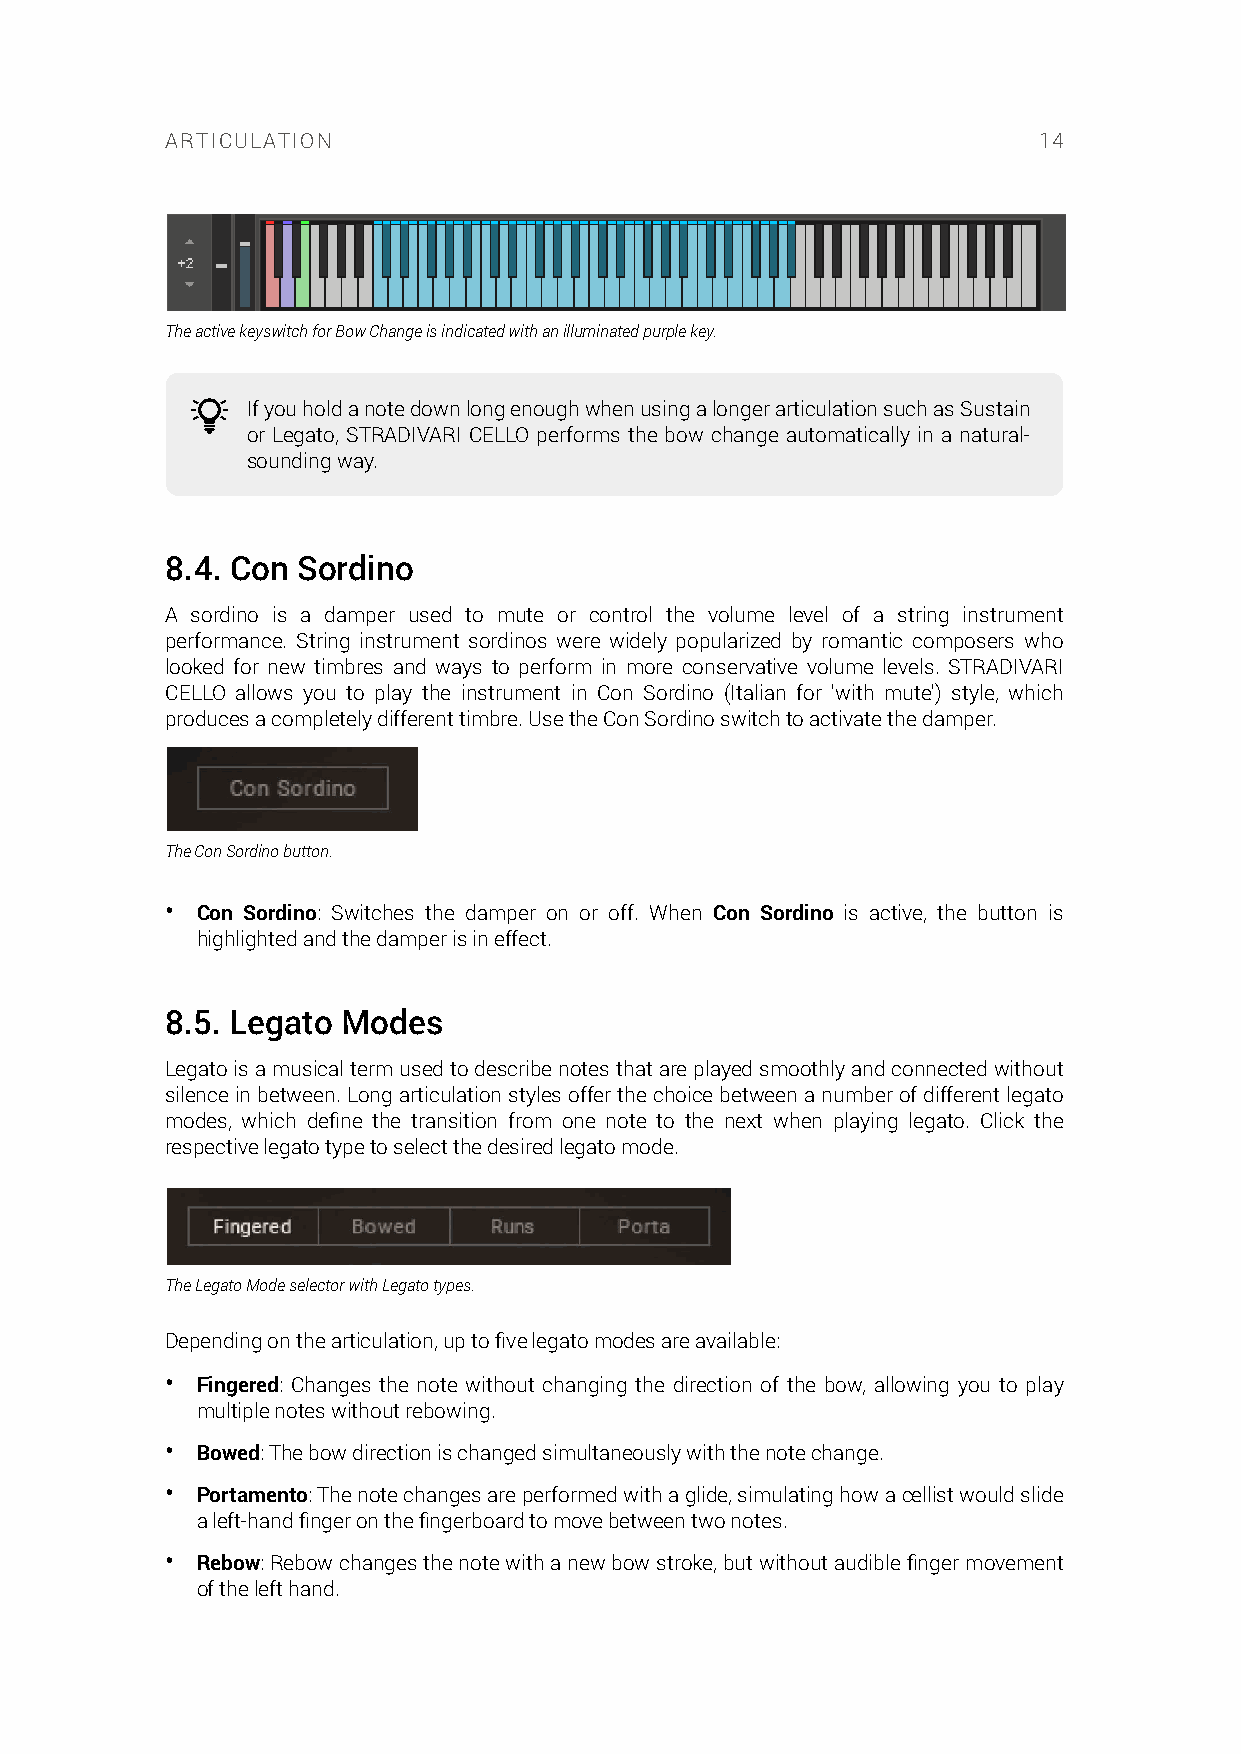
ARTICULATION                                              14
 The active keyswitch for Bow Change is indicated with an illuminated purple key.
 If you hold a note down long enough when using a longer articulation such as Sustain
 or Legato, STRADIVARI CELLO performs the bow change automatically in a natural-
 sounding way.
 8.4. Con Sordino
 A sordino is a damper used to mute or control the volume level of a string instrument
 performance. String instrument sordinos were widely popularized by romantic composers who
 looked for new timbres and ways to perform in more conservative volume levels. STRADIVARI
 CELLO allows you to play the instrument in Con Sordino (Italian for 'with mute') style, which
 produces a completely different timbre. Use the Con Sordino switch to activate the damper.
 The Con Sordino button.
 • Con Sordino: Switches the damper on or off. When Con Sordino is active, the button is
 highlighted and the damper is in effect.
 8.5. Legato Modes
 Legato is a musical term used to describe notes that are played smoothly and connected without
 silence in between. Long articulation styles offer the choice between a number of different legato
 modes, which define the transition from one note to the next when playing legato. Click the
 respective legato type to select the desired legato mode.
 The Legato Mode selector with Legato types.
 Depending on the articulation, up to five legato modes are available:
 • Fingered: Changes the note without changing the direction of the bow, allowing you to play
 multiple notes without rebowing.
 • Bowed: The bow direction is changed simultaneously with the note change.
 • Portamento: The note changes are performed with a glide, simulating how a cellist would slide
 a left-hand finger on the fingerboard to move between two notes.
 • Rebow: Rebow changes the note with a new bow stroke, but without audible finger movement
 of the left hand.